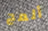
ألمح